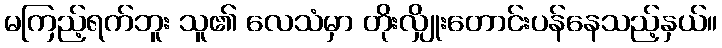
မကြည့်ရက်ဘူး သူ၏ လေသံမှာ တိုးလျှိုးတောင်းပန်နေသည့်နှယ်။